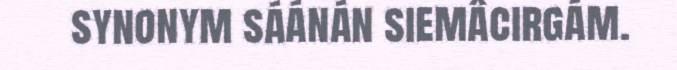
synonym sáánán siemâcirgám.